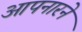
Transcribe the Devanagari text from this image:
आपनारने